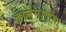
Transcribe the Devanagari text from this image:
ज्ञानमार्गाचा